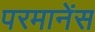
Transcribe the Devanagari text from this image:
परमानेंस